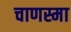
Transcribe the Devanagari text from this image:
चाणस्मा